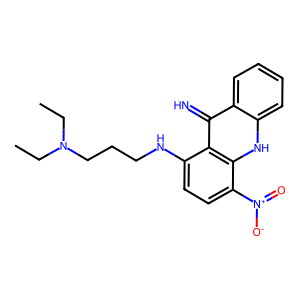
SMILES: CCN(CC)CCCNc1ccc([N+](=O)[O-])c2[nH]c3ccccc3c(=N)c12
Inhibits HIV replication: No